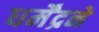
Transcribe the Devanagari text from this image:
धर्मेंद्रने